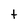
Character: t